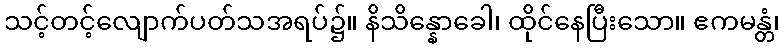
သင့်တင့်လျောက်ပတ်သအရပ်၌။ နိသိန္နောခေါ၊ ထိုင်နေပြီးသော။ ဧကမန္တံ၊